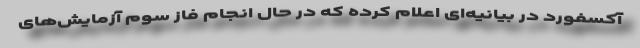
آکسفورد در بیانیه‌ای اعلام کرده که در حال انجام فاز سوم آزمایش‌های